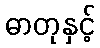
ဓာတုနှင့်